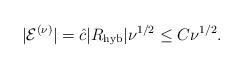
LaTeX: \begin{align*} | {\cal E}^{(\nu)}| = \hat{c} |R_{\rm hyb}| \nu^{1/2} \leq C \nu^{1/2}.\end{align*}